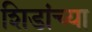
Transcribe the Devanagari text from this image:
शिडांच्या